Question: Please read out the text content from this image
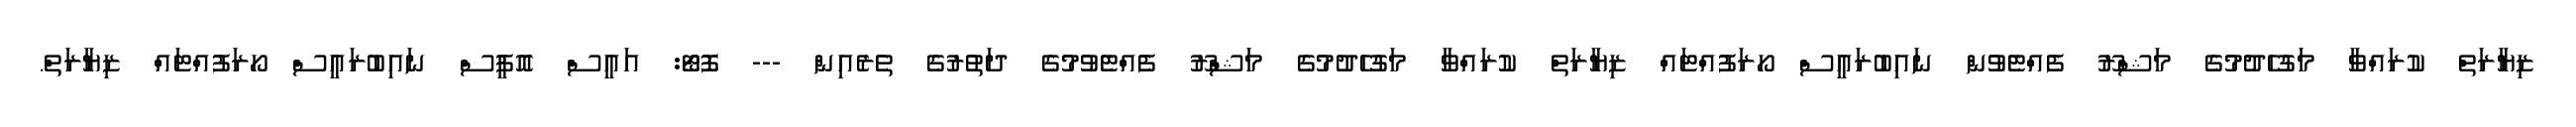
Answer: ޒިޔާރަތް ކުރައްވާ މަގުހެދުމުގެ މަޝްރޫ ފެއްޓެވުން ނައިބުރައީސް ހޯރަފުއްޓައް ޒިޔާރަތް ކުރައްވާ މަގުހެދުމުގެ މަޝްރޫ ފެއްޓެވުމުގެ ދަތުރުގެ ތެރެއިން --- ފޮޓޯ: އައީސް އޮފީސް ނައިބުރައީސް ހޯރަފުއްޓައް ޒިޔާރަތް.